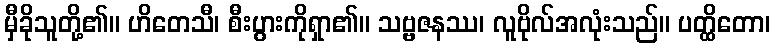
မှီခိုသူတို့၏။ ဟိတေသီ၊ စီးပွားကိုရှာ၏။ သဗ္ဗဇနဿ၊ လူဗိုလ်အလုံးသည်။ ပတ္ထိတော၊